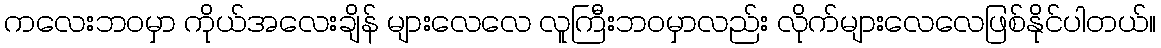
ကလေးဘဝမှာ ကိုယ်အလေးချိန် များလေလေ လူကြီးဘဝမှာလည်း လိုက်များလေလေဖြစ်နိုင်ပါတယ်။